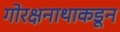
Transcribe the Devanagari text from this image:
गोरक्षनाथाकडून